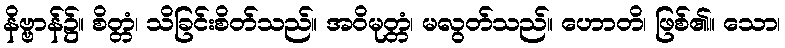
နိဗ္ဗာန်၌။ စိတ္တံ၊ သိခြင်းစိတ်သည်။ အဝိမုတ္တံ၊ မလွတ်သည်။ ဟောတိ၊ ဖြစ်၏။ သော၊